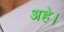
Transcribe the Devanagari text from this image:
अहे।